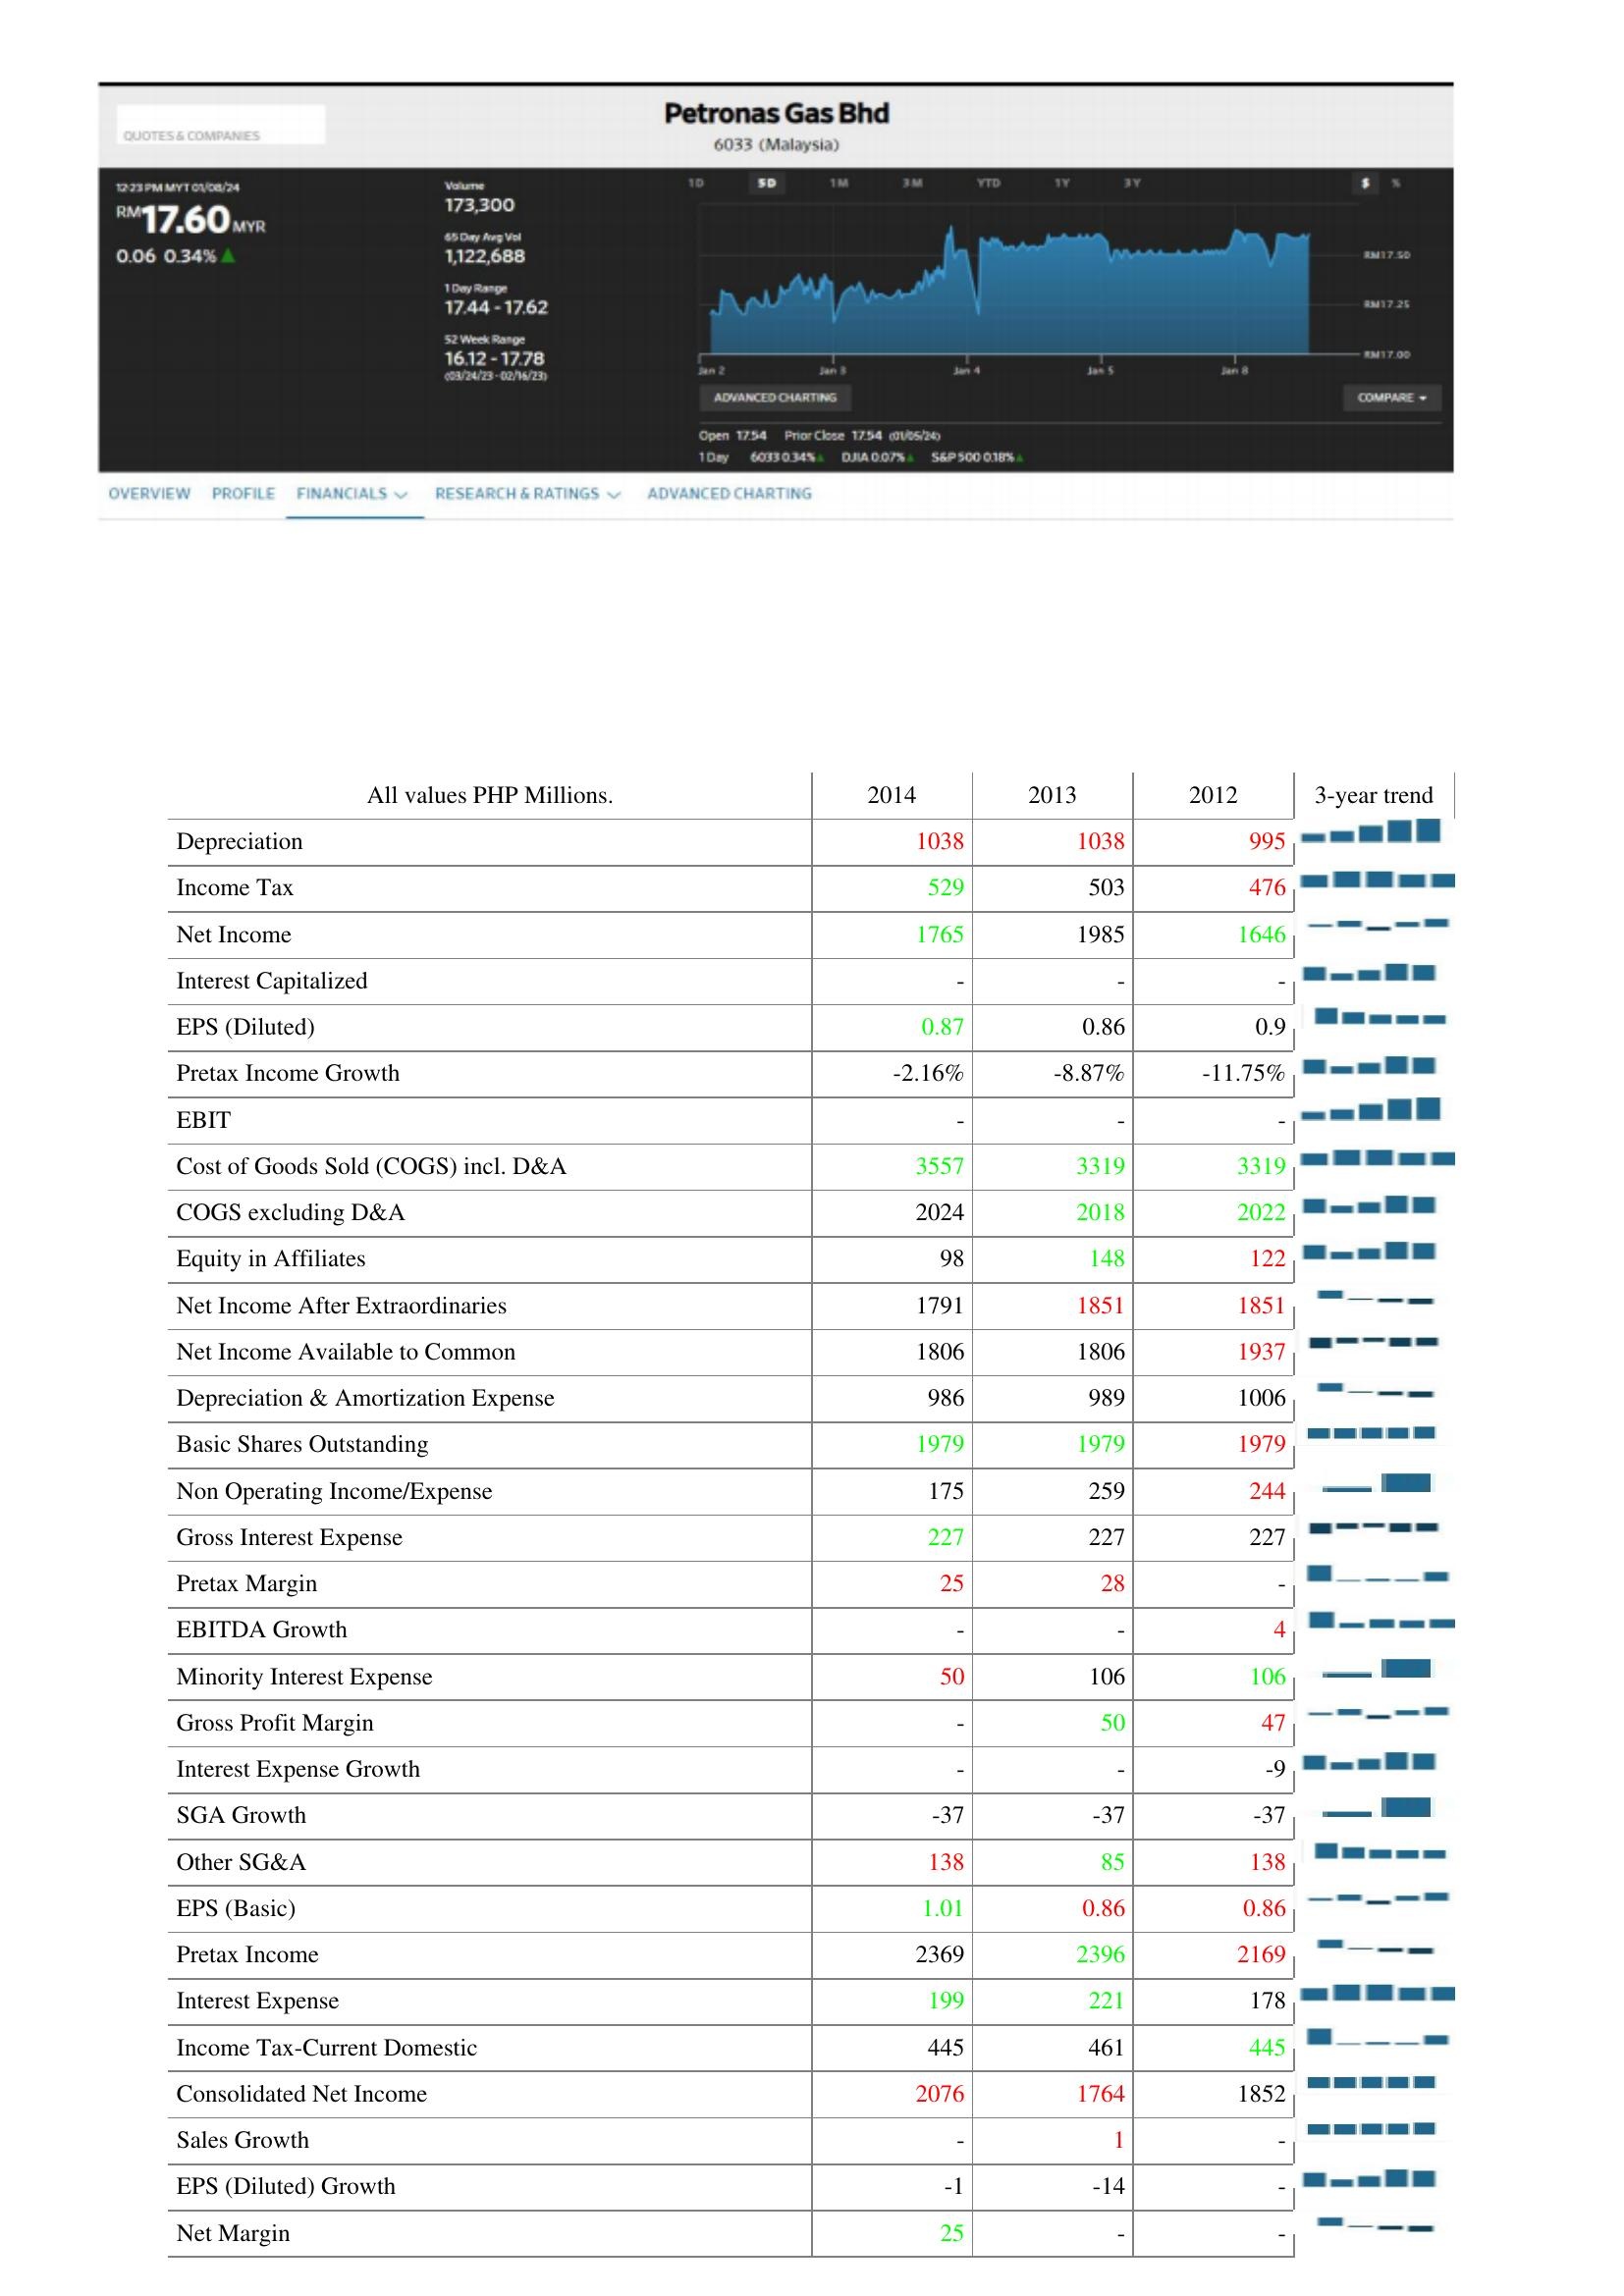
2014: : Depreciation: 1038
Income Tax: 529
Net Income: 1765
Interest Capitalized: -
EPS (Diluted): 0.87
Pretax Income Growth: -2.16%
EBIT: -
Cost of Goods Sold (COGS) incl. D&A: 3557
COGS excluding D&A: 2024
Equity in Affiliates: 98
Net Income After Extraordinaries: 1791
Net Income Available to Common: 1806
Depreciation & Amortization Expense: 986
Basic Shares Outstanding: 1979
Non Operating Income/Expense: 175
Gross Interest Expense: 227
Pretax Margin: 25
EBITDA Growth: -
Minority Interest Expense: 50
Gross Profit Margin: -
Interest Expense Growth: -
SGA Growth: -37
Other SG&A: 138
EPS (Basic): 1.01
Pretax Income: 2369
Interest Expense: 199
Income Tax-Current Domestic: 445
Consolidated Net Income: 2076
Sales Growth: -
EPS (Diluted) Growth: -1
Net Margin: 25
2013: : Depreciation: 1038
Income Tax: 503
Net Income: 1985
Interest Capitalized: -
EPS (Diluted): 0.86
Pretax Income Growth: -8.87%
EBIT: -
Cost of Goods Sold (COGS) incl. D&A: 3319
COGS excluding D&A: 2018
Equity in Affiliates: 148
Net Income After Extraordinaries: 1851
Net Income Available to Common: 1806
Depreciation & Amortization Expense: 989
Basic Shares Outstanding: 1979
Non Operating Income/Expense: 259
Gross Interest Expense: 227
Pretax Margin: 28
EBITDA Growth: -
Minority Interest Expense: 106
Gross Profit Margin: 50
Interest Expense Growth: -
SGA Growth: -37
Other SG&A: 85
EPS (Basic): 0.86
Pretax Income: 2396
Interest Expense: 221
Income Tax-Current Domestic: 461
Consolidated Net Income: 1764
Sales Growth: 1
EPS (Diluted) Growth: -14
Net Margin: -
2012: : Depreciation: 995
Income Tax: 476
Net Income: 1646
Interest Capitalized: -
EPS (Diluted): 0.9
Pretax Income Growth: -11.75%
EBIT: -
Cost of Goods Sold (COGS) incl. D&A: 3319
COGS excluding D&A: 2022
Equity in Affiliates: 122
Net Income After Extraordinaries: 1851
Net Income Available to Common: 1937
Depreciation & Amortization Expense: 1006
Basic Shares Outstanding: 1979
Non Operating Income/Expense: 244
Gross Interest Expense: 227
Pretax Margin: -
EBITDA Growth: 4
Minority Interest Expense: 106
Gross Profit Margin: 47
Interest Expense Growth: -9
SGA Growth: -37
Other SG&A: 138
EPS (Basic): 0.86
Pretax Income: 2169
Interest Expense: 178
Income Tax-Current Domestic: 445
Consolidated Net Income: 1852
Sales Growth: -
EPS (Diluted) Growth: -
Net Margin: -